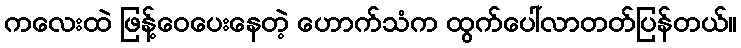
ကလေးထဲ ဖြန့်ဝေပေးနေတဲ့ ဟောက်သံက ထွက်ပေါ်လာတတ်ပြန်တယ်။